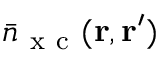
\bar { n } _ { \mathrm { ~ x ~ c ~ } } ( \ensuremath { \mathbf { r } } , \ensuremath { \mathbf { r } } ^ { \prime } )